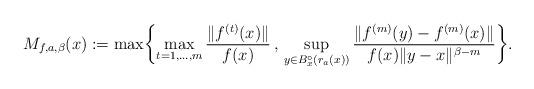
LaTeX: \begin{align*}M_{f,a,\beta}(x) := \max \biggl\{ \max_{t=1,\ldots, m} \frac{\|f^{(t)}(x)\|}{f(x)} \, , \, \sup_{y \in B_x^\circ(r_a(x))} \frac{\|f^{(m)}(y)-f^{(m)}(x)\|}{f(x) \|y-x\|^{\beta- m}} \biggr\}.\end{align*}